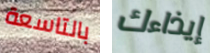
بالتاسعة إيذاءك